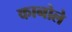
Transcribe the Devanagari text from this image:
कानोले